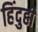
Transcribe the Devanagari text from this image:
हिंदुही